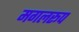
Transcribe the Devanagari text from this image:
मगलरूप